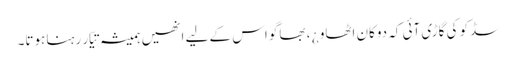
سڈکو کی گاڑی آئی کہ دوکان اٹھاو ¿ ، بھاگو اس کے لیے انھیں ہمیشہ تیّار رہنا ہوتا۔